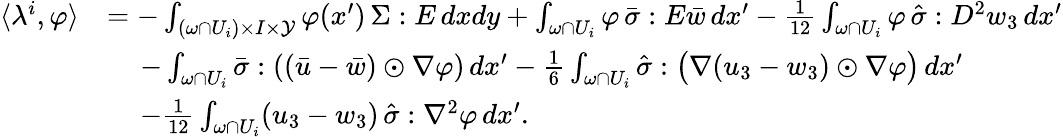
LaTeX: \begin{array}{rl}{\langle\lambda^{i},\varphi\rangle}&{=-\int_{(\omega\cap U_{i})\times I\times\mathcal{Y}}\varphi(x^{\prime})\, \Sigma:E\, dxdy+\int_{\omega\cap U_{i}}\varphi\, \bar{\sigma}:E\bar{w}\, dx^{\prime}-\frac{1}{12}\int_{\omega\cap U_{i}}\varphi\, \hat{\sigma}:D^{2}w_{3}\, dx^{\prime}}\\ &{\, \quad-\int_{\omega\cap U_{i}}\bar{\sigma}:\left((\bar{u}-\bar{w})\odot\nabla\varphi\right)\, dx^{\prime}-\frac{1}{6}\int_{\omega\cap U_{i}}\hat{\sigma}:\big(\nabla(u_{3}-w_{3})\odot\nabla\varphi\big)\, dx^{\prime}}\\ &{\, \quad-\frac{1}{12}\int_{\omega\cap U_{i}}(u_{3}-w_{3})\, \hat{\sigma}:\nabla^{2}\varphi\, dx^{\prime}.}\end{array}